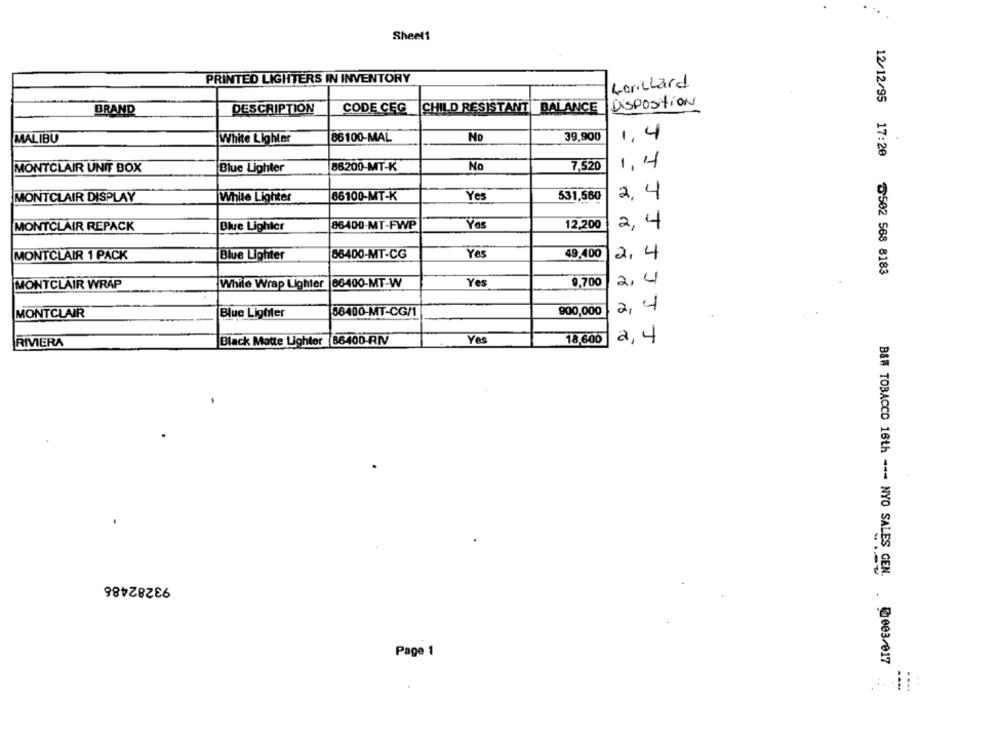
Sheet1
PRINTED LIGHTERS IN INVENTORY
Lorillard
Disposition
BRAND
DESCRIPTION
CODE CEG
CHILD RESISTANT BALANCE
MALIBU
White Lighter
86100-MAL
No
39,900
1,4
MONTCLAIR UNIT BOX
Blue Lighter
86200-MT-K
No
7,520
1,4
MONTCLAIR DISPLAY
While Lighter
66100-MT-K
Yes
531,560
2.
MONTCLAIR REPACK
Blue Lighter
86400-MT-FWP
Yes
12,200
, 4
MONTCLAIR 1 PACK
Blue Lighter
86400-MT-CG
Yes
49.400
2.4
12/12/95 17:20 0502 568 8183
Yes
9,700
2,4
MONTCLAIR WRAP
While Wrap Lighter
86400-MT-W
900,000
14
MONTCLAIR
Blue Ligfiler
86400-MT-CG/1
Black Matte Lighter 86400-RIV
Yes
18,600
a, 4
RIVERA
93282486
Page 1
B&W TOBACCO 16th --- NYO SALES GEN. @003/017